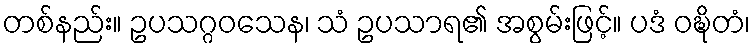
တစ်နည်း။ ဥပသဂ္ဂဝသေန၊ သံ ဥပသာရ၏ အစွမ်းဖြင့်။ ပဒံ ဝဍ္ဎိတံ၊